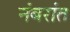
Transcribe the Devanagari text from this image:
नंबरांत